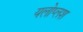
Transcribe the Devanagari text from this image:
यलोप्लश